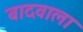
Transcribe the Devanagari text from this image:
बादवाला